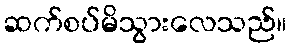
ဆက်စပ်မိသွားလေသည်။